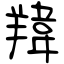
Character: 䍷